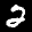
Label: 2